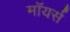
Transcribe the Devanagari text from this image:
मॉयर्स